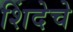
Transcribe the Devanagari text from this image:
शिंदेचे